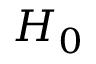
H _ { 0 }